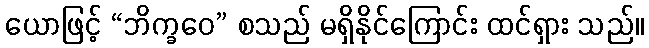
ယောဖြင့် “ဘိက္ခဝေ” စသည် မရှိနိုင်ကြောင်း ထင်ရှား သည်။